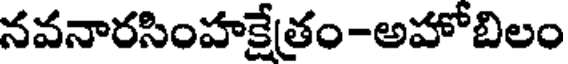
నవనారసింహక్షేతం-అహోబిలం